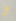
و